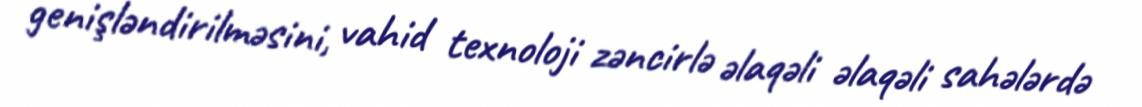
genişləndirilməsini, vahid texnoloji zəncirlə əlaqəli əlaqəli sahələrdə